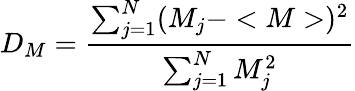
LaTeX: D_{M}=\frac{\sum_{j=1}^{N}(M_{j}-<M>)^{2}}{\sum_{j=1}^{N}M_{j}^{2}}